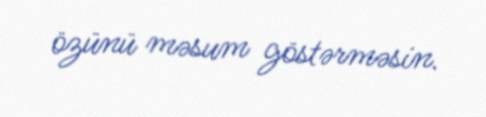
özünü məsum göstərməsin.